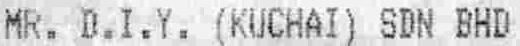
MR. D.I.Y. (KUCHAI) SDN BHD